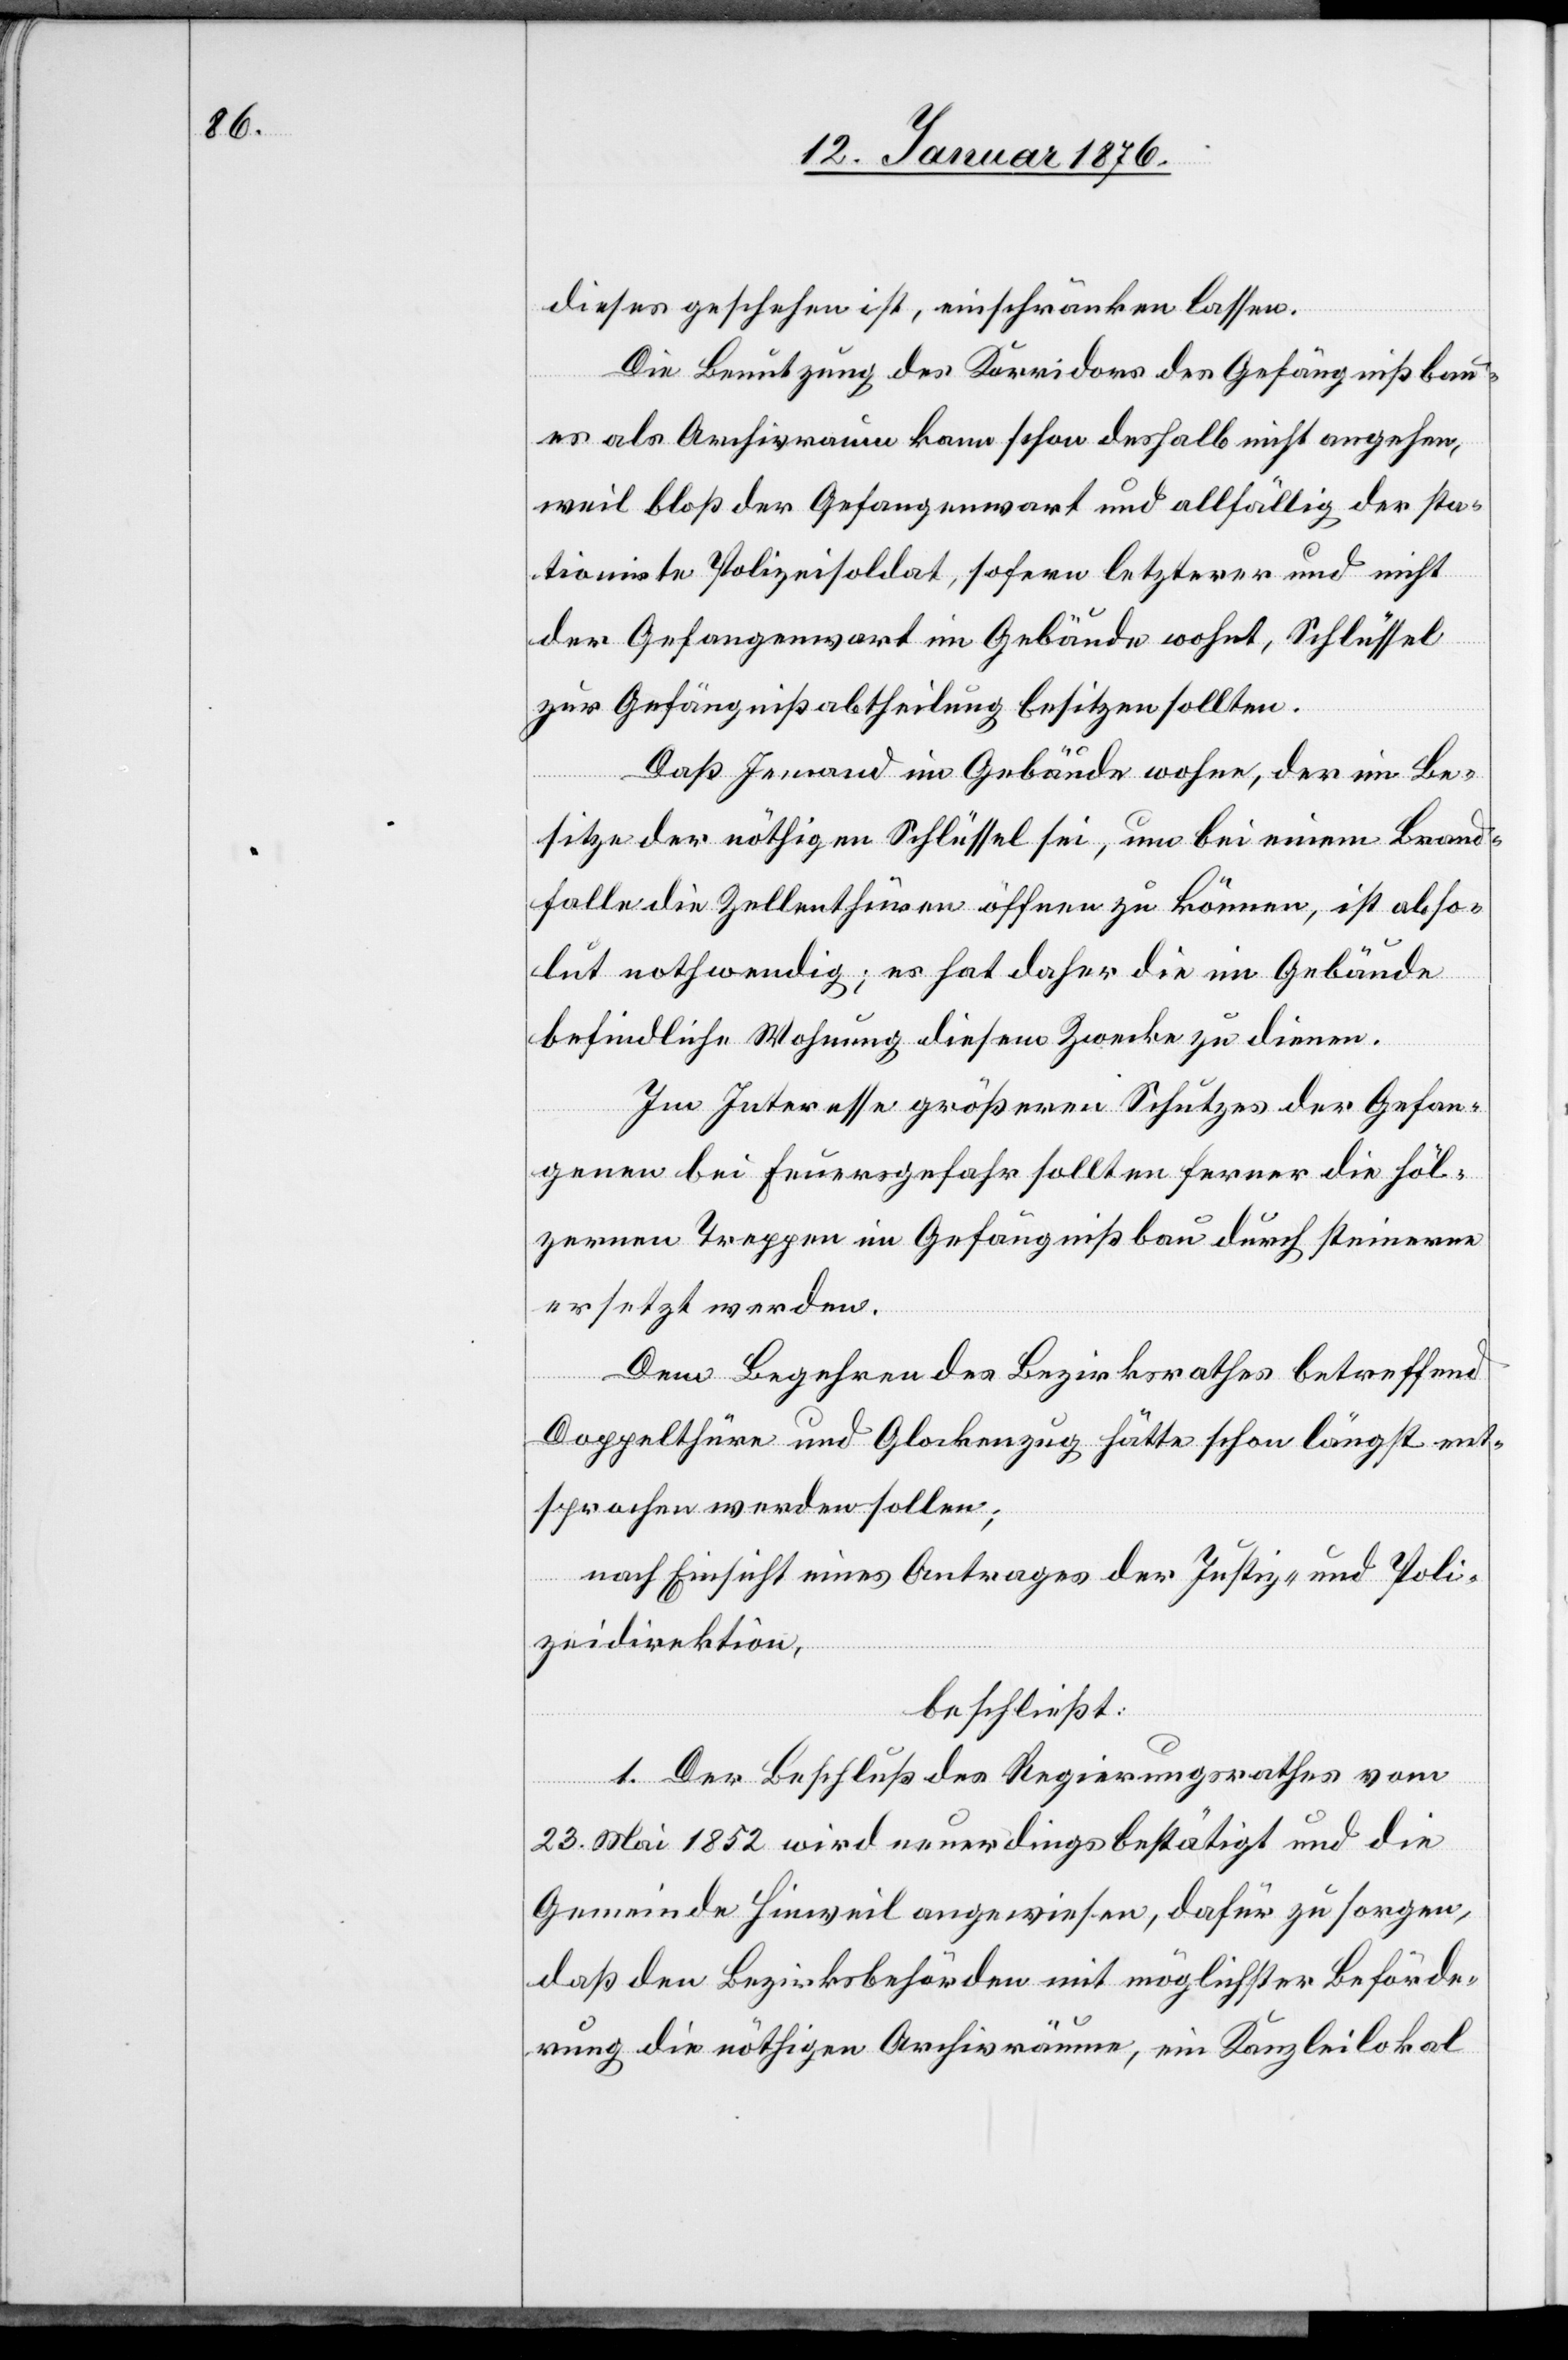
dieses geschehen ist, einschränken lassen.
Die Benutzung des Korridors des Gefängnißbau¬
es als Archivraum kann schon deshalb nicht angehen,
weil bloß der Gefangenwart und allfällig der sta¬
tionirte Polizeisoldat, sofern letzterer und nicht
der Gefangenwart im Gebäude wohnt, Schlüssel
zur Gefängnißabtheilung besitzen sollten.
Daß Jemand im Gebäude wohne, der im Be¬
sitze der nöthigen Schlüssel sei, um bei einem Brand¬
falle die Zellenthüren öffnen zu können, ist abso¬
lut nothwendig; es hat daher die im Gebäude
befindliche Wohnung diesem Zwecke zu dienen.
Im Interesse größeren Schutzes der Gefan¬
genen bei Feuergefahr sollten fernen die höl¬
zernen Treppen im Gefängnißbau durch steinerne
ersetzt werden.
Dem Begehren des Bezirksrathes betreffend
Doppelthüre und Glockenzug hätte schon längst ent¬
sprochen werden sollen;
nach Einsicht eines Antrages der Justiz- und Poli¬
zeidirektion,
beschließt:
1. Der Beschluß des Regierungsrathes vom
23. Mai 1852 wird neuerdings bestätigt und die
Gemeinde Hinweil angewiesen, dafür zu sorgen,
daß den Bezirksbehörden mit möglichster Beförde¬
rung die nöthigen Archivräume, ein Kanzleilokal